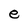
Character: e